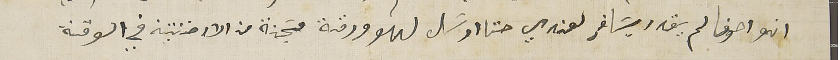
انو احونا لم يقدر يسَافر لعندي حتى ارسَل لهو ورقة مسَجنة من الارخنتينه في الوقة